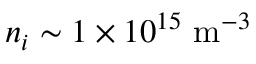
n _ { i } \sim 1 \times 1 0 ^ { 1 5 } ~ \mathrm { m } ^ { - 3 }